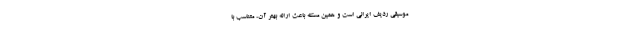
موسیقی ردیف ایرانی است و همین مسئله باعث ارائه بهتر آن، متناسب با